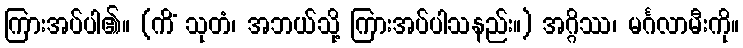
ကြားအပ်ပါ၏။ (ကိံ သုတံ၊ အဘယ်သို့ ကြားအပ်ပါသနည်း။) အဂ္ဂိဿ၊ မင်္ဂလာမီးကို။